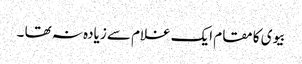
بیوی کا مقام ایک غلام سے زیادہ نہ تھا ۔